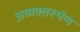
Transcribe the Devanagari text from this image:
अव्यक्तरूपेण